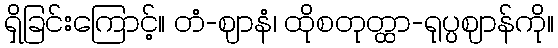
ရှိခြင်းကြောင့်။ တံ-ဈာနံ၊ ထိုစတုတ္ထာ-ရုပ္ပဈာန်ကို။